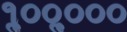
૧ૢ૦૦ૢ૦૦૦